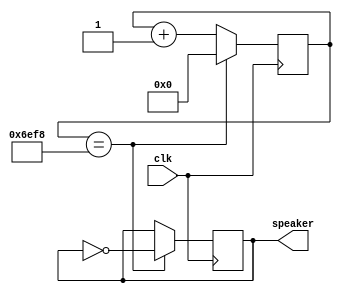
module gunSoun(
input clk,
output speaker
);
reg [14:0] counter;
always @(posedge clk) if(counter==28408) counter<=0; else counter <= counter+1;

reg speaker;
always @(posedge clk) if(counter==28408) speaker <= ~speaker;
endmodule